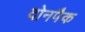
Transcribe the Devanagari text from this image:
दोनपैक